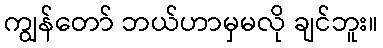
ကျွန်တော် ဘယ်ဟာမှမလို ချင်ဘူး။